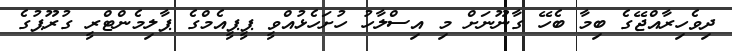
ދިވެހިރާއްޖޭގެ ބިމާ ބެހޭ ގާނޫނަށް މި އިސްލާހު ހުށަހެޅުއްވީ ޕީޕީއެމްގެ ޕާލިމެންޓްރީ ގުރޫޕުގެ